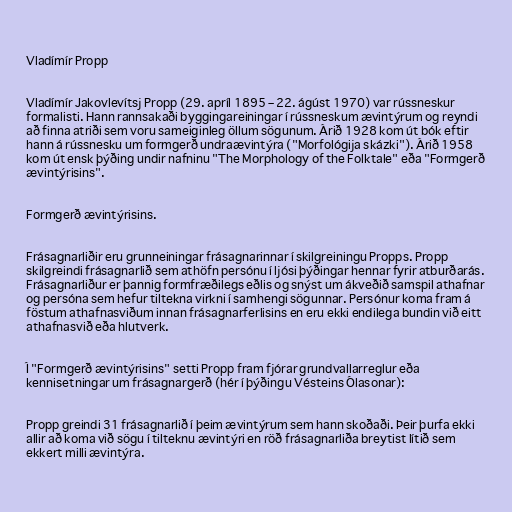
Vladímír Propp

Vladímír Jakovlevítsj Propp (29. apríl 1895 – 22. ágúst 1970) var rússneskur
formalisti. Hann rannsakaði byggingareiningar í rússneskum ævintýrum og reyndi
að finna atriði sem voru sameiginleg öllum sögunum. Árið 1928 kom út bók eftir
hann á rússnesku um formgerð undraævintýra ("Morfológija skázki"). Árið 1958
kom út ensk þýðing undir nafninu "The Morphology of the Folktale" eða "Formgerð
ævintýrisins".

Formgerð ævintýrisins.

Frásagnarliðir eru grunneiningar frásagnarinnar í skilgreiningu Propps. Propp
skilgreindi frásagnarlið sem athöfn persónu í ljósi þýðingar hennar fyrir atburðarás.
Frásagnarliður er þannig formfræðilegs eðlis og snýst um ákveðið samspil athafnar
og persóna sem hefur tiltekna virkni í samhengi sögunnar. Persónur koma fram á
föstum athafnasviðum innan frásagnarferlisins en eru ekki endilega bundin við eitt
athafnasvið eða hlutverk.

Í "Formgerð ævintýrisins" setti Propp fram fjórar grundvallarreglur eða
kennisetningar um frásagnargerð (hér í þýðingu Vésteins Ólasonar):

Propp greindi 31 frásagnarlið í þeim ævintýrum sem hann skoðaði. Þeir þurfa ekki
allir að koma við sögu í tilteknu ævintýri en röð frásagnarliða breytist lítið sem
ekkert milli ævintýra.